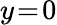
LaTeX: y\! =\! 0